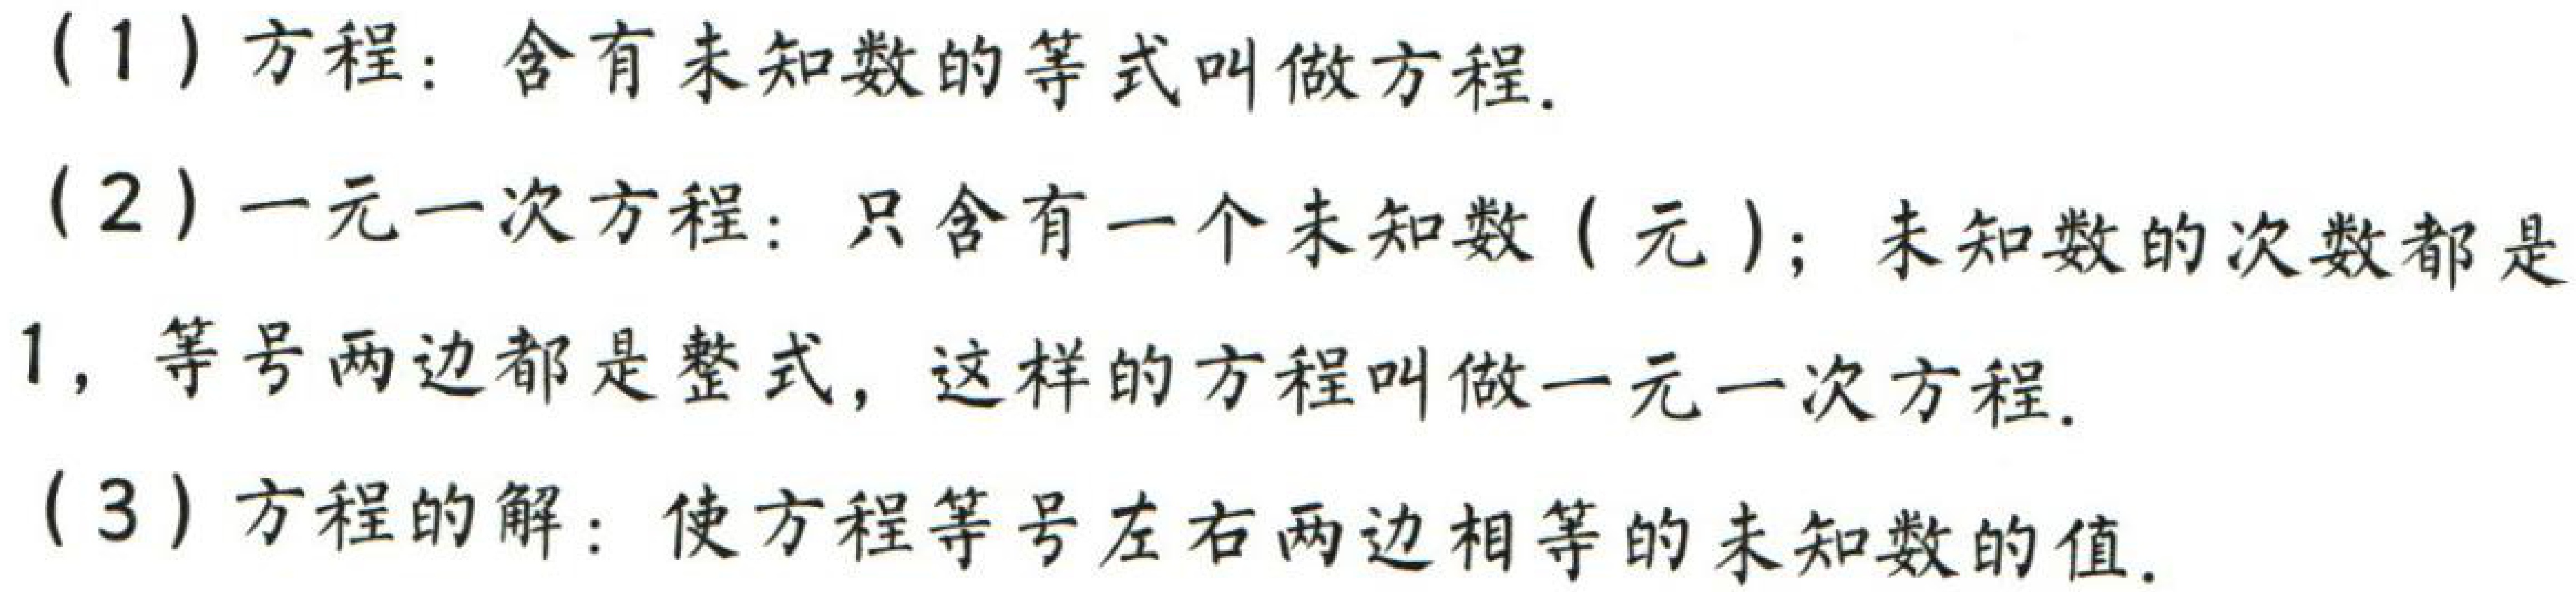
(1) 方程：含有未知数的等式叫做方程.

(2) 一元一次方程：只含有一个未知数 (元)；未知数的次数都是$1$，等号两边都是整式，这样的方程叫做一元一次方程.

(3) 方程的解：使方程等号左右两边相等的未知数的值.